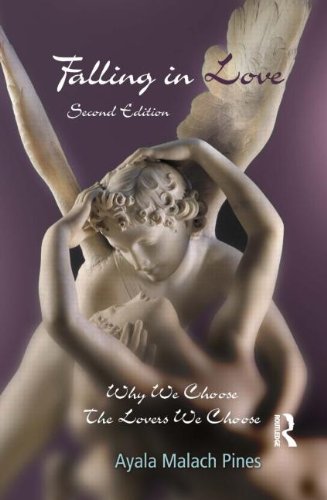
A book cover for Falling in Love: Why We Choose the Lovers We Choose; Ayala Malach Pines; Self-Help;